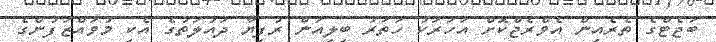
ބަޖެޓްގެ ތެރެއިން އެވްރެޖްކޮށް އަހަރަކު ހަތަރު ބިލިއަން ރުފިޔާ ދައުލަތުގެ އެކި މުވައްޒަފުންގެ